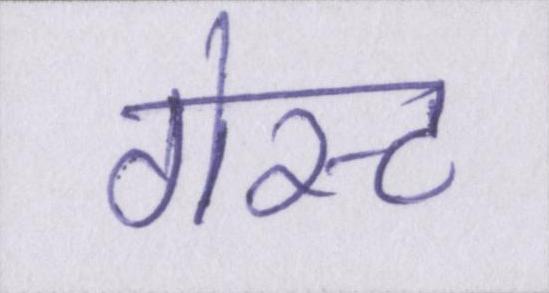
गेस्ट